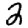
Digit: 2